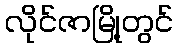
လိုင်ဇာမြို့တွင်